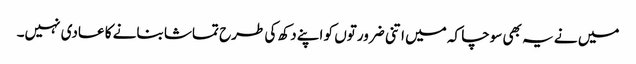
میں نے یہ بھی سوچا کہ میں اتنی ضرورتوں کو اپنے دکھ کی طرح تماشا بنانے کا عادی نہیں۔